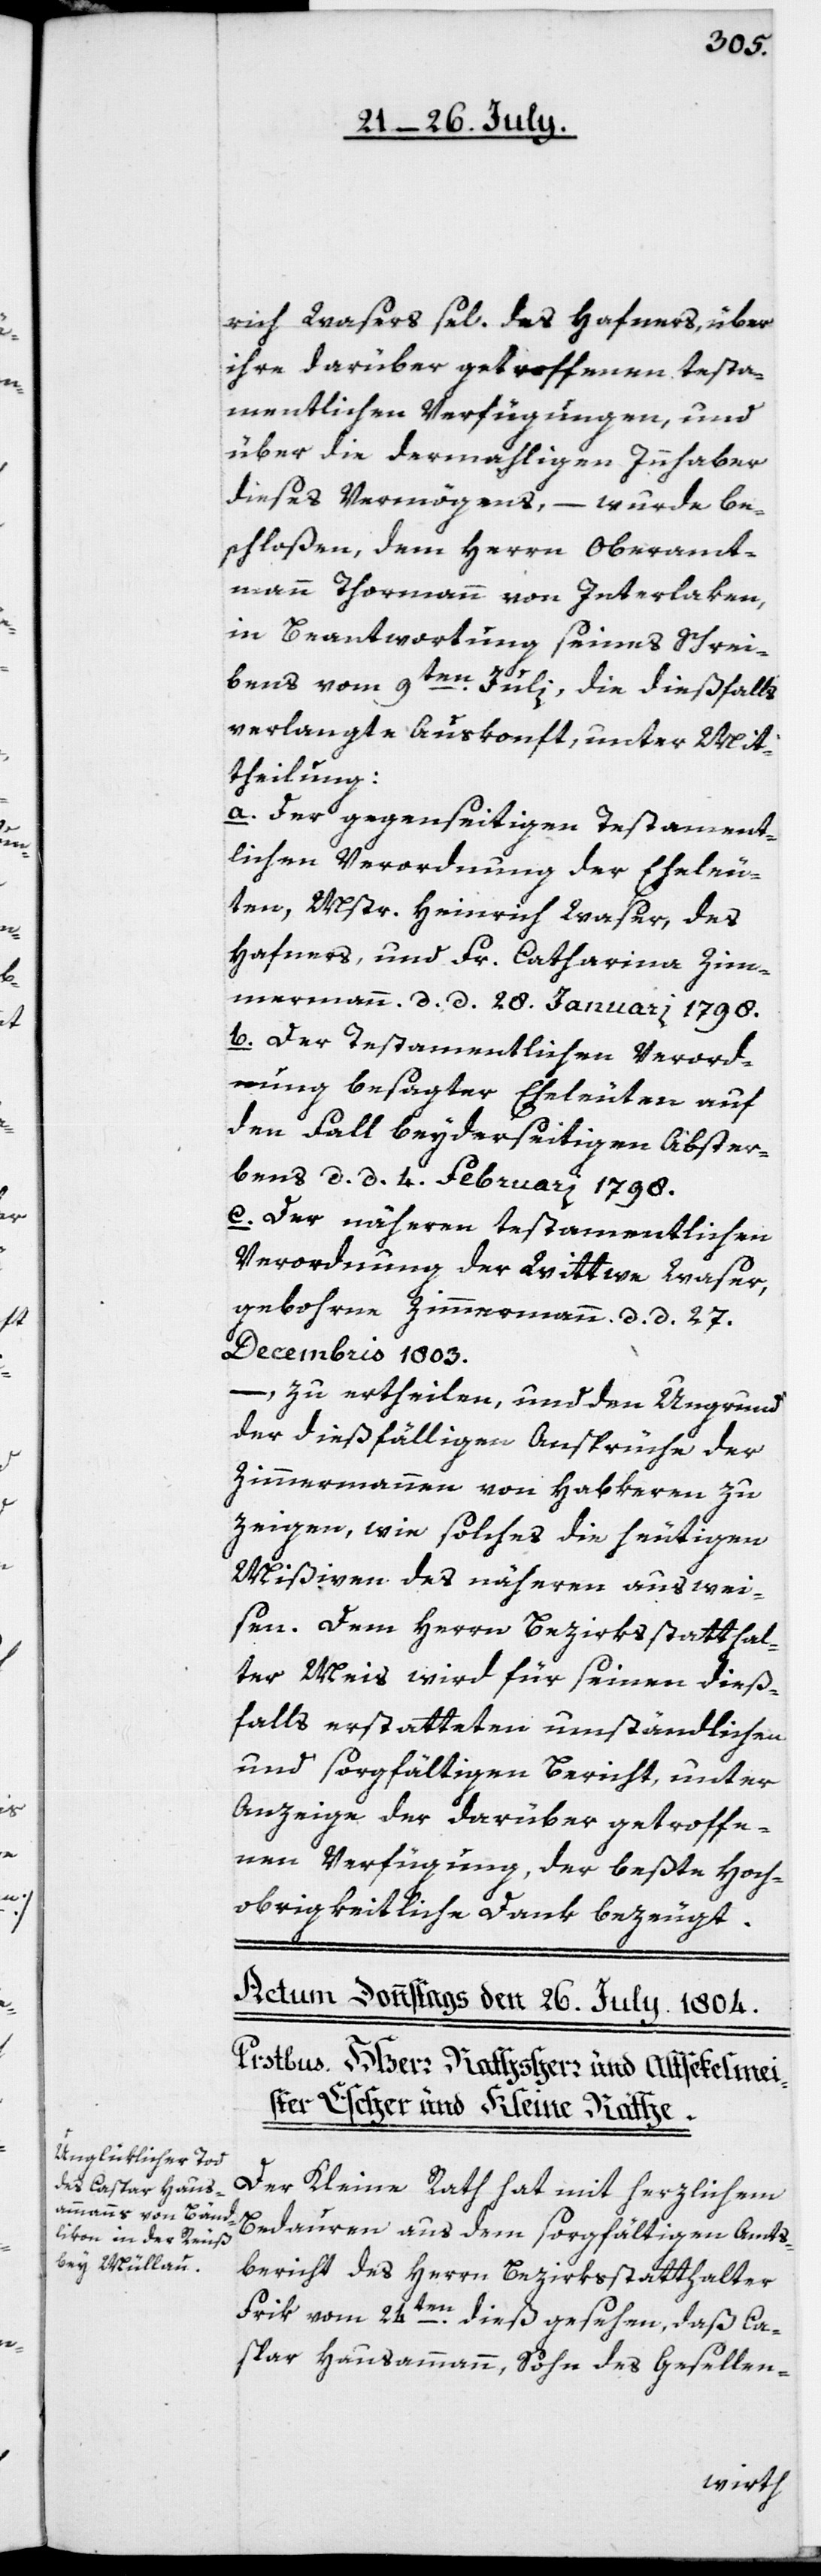
rich Waser sel. des Hafners, über
ihre darüber getroffenen testa¬
mentlichen Verfügungen, und
über die dermahligen Innhaber
dieses Vermögens, – wurde be¬
schloßen, dem Herrn Oberamt¬
mann Thormann von Interlaken,
in Beantwortung seines Schrei¬
bens vom 9ten Julii, die dießfalls
verlangte Auskonft, unter Mit¬
theilung:
a. Der gegenseitigen Testament¬
lichen Verordnung der Eheleu¬
ten, Mstr. Heinrich Waser, des
Hafners, und Fr. Catharina Zim¬
mermann, d. d. 28. Januari 1798.
b. Der Testamentlichen Verord¬
nung besagter Eheleuten auf
den Fall beyderseitigen Abster¬
bens, d. d. 4. Februari 1798.
c. Der näheren Testamentlichen
Verordnung der Wittwe Waser,
gebohrne Zimmermann, d. d. 27.
Decembris 1803.
– zu ertheilen, und den Ungrund
der dießfälligen Ansprüche der
Zimmermannen von Habkeren zu
zeigen, wie solches die heutigen
Mißiven des nähern auswei¬
sen. Dem Herrn Bezirksstatthal¬
ter Meis wird für seinen dieß¬
falls erstatteten umständlichen
und sorgfältigen Bericht, unter
Anzeige der darüber getroffe¬
nen Verfügung, der beßte Hoch¬
obrigkeitliche Dank bezeugt.
Der Kleine Rath hat mit herzlichem
Bedauren aus dem sorgfältigen Amts¬
bericht des Herrn Bezirksstatthalter
Frik vom 24ten dieß gesehen, daß Ca¬
spar Hausammann, Sohn des Gesellen-